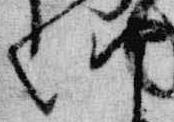
朝